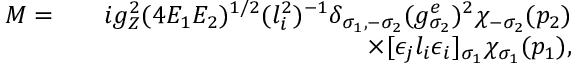
\begin{array} { r l r } { { \cal M } = } & { } & { i g _ { Z } ^ { 2 } ( 4 E _ { 1 } E _ { 2 } ) ^ { 1 / 2 } ( l _ { i } ^ { 2 } ) ^ { - 1 } \delta _ { \sigma _ { 1 } , - \sigma _ { 2 } } ( g _ { \sigma _ { 2 } } ^ { e } ) ^ { 2 } \chi _ { - \sigma _ { 2 } } ( p _ { 2 } ) } \\ & { } & { \times [ \epsilon _ { j } l _ { i } \epsilon _ { i } ] _ { \sigma _ { 1 } } \chi _ { \sigma _ { 1 } } ( p _ { 1 } ) , } \end{array}